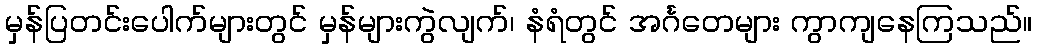
မှန်ပြတင်းပေါက်များတွင် မှန်များကွဲလျက်၊ နံရံတွင် အင်္ဂတေများ ကွာကျနေကြသည်။